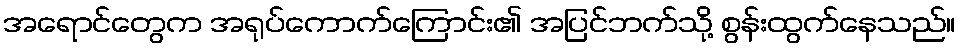
အရောင်တွေက အရုပ်ကောက်ကြောင်း၏ အပြင်ဘက်သို့ စွန်းထွက်နေသည်။